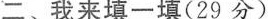
二、我来填一填(29分)